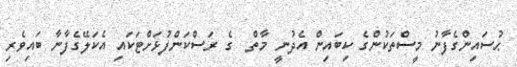
ޙުސައިންގެފާނު މީސްތަކުންގެ ކިބައިން އެދުނީ މާތް  ގެ ރަސްކަންފުޅަށްޓަކައި އެކަލޭގެފާނާ ބައިވެރި